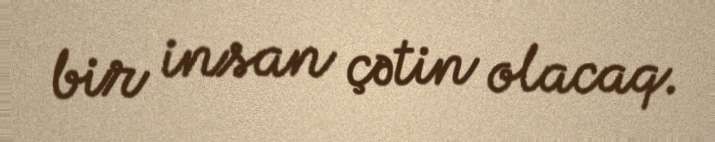
bir insan çətin olacaq.